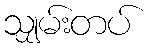
သျှမ်းတပ်